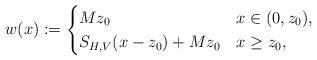
LaTeX: \begin{align*}w(x):=\begin{cases}Mz_{0} & x\in(0,z_{0}), \\S_{H,V}(x-z_{0})+Mz_{0}& x\geq z_{0},\end{cases}\end{align*}